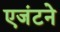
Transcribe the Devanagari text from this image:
एजंटने